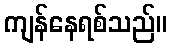
ကျန်နေရစ်သည်။